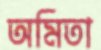
অমিতা